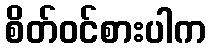
စိတ်ဝင်စားပါက